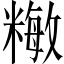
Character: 𥼖